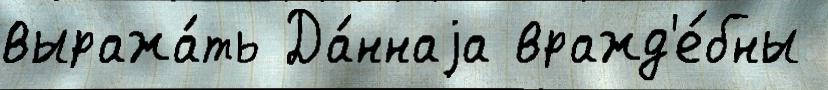
выража́ть Да́ннаjа вражд'е́бны